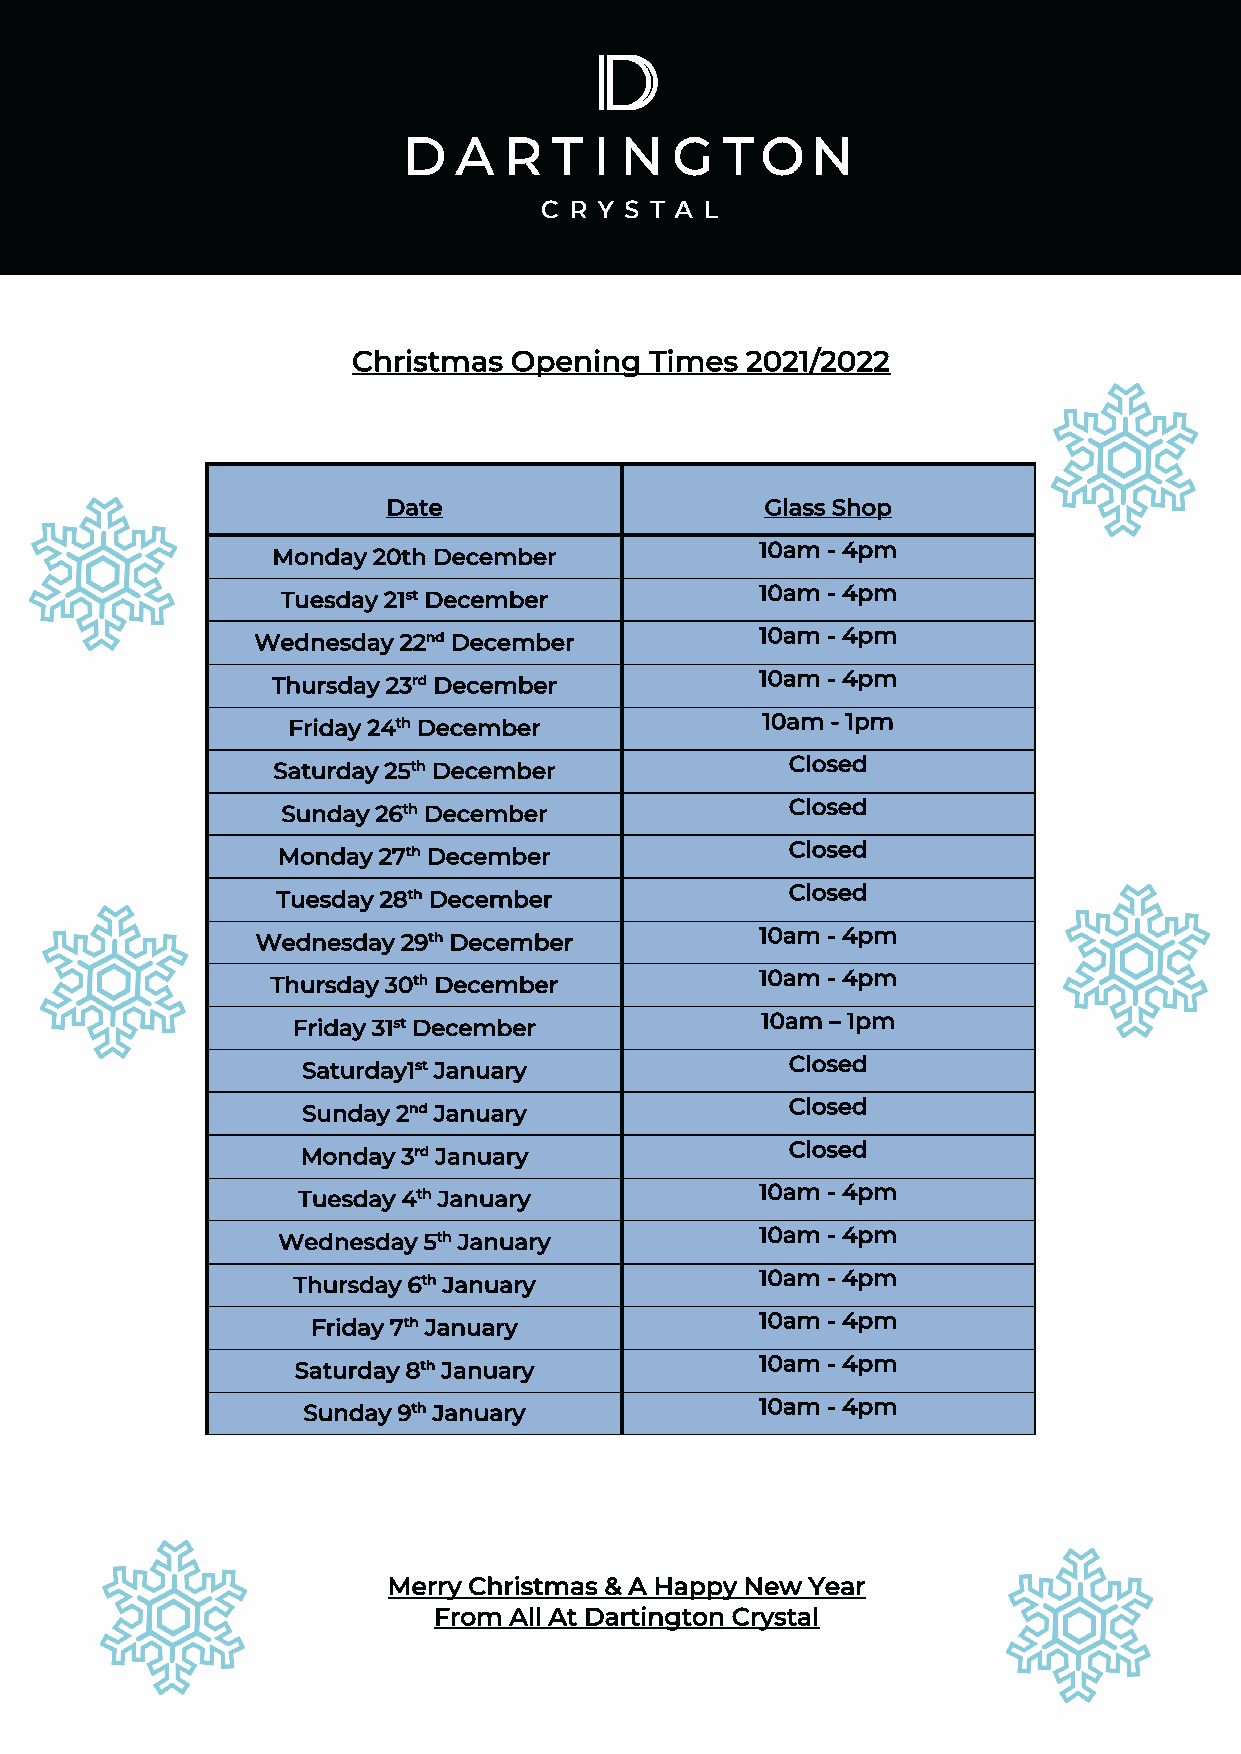
Christmas  Opening  Times 2021/2022
 Date                     Glass Shop
 10am - 4pm
 Monday 20th December
 Tuesday 21st December          10am - 4pm
 Wednesday 22nd December          10am - 4pm
 Thursday 23rd December          10am - 4pm
 Friday 24th December           10am - 1pm
 Saturday 25th December            Closed
 Sunday 26th December             Closed
 Monday 27th December              Closed
 Tuesday 28th December             Closed
 Wednesday 29th December          10am - 4pm
 Thursday 30th December          10am - 4pm
 Friday 31st December           10am – 1pm
 Saturday1st January             Closed
 Sunday 2nd January              Closed
 Monday 3rd January              Closed
 Tuesday 4th January           10am - 4pm
 Wednesday 5th January           10am - 4pm
 Thursday 6th January           10am - 4pm
 Friday 7th January           10am - 4pm
 Saturday 8th January           10am - 4pm
 Sunday 9th January            10am - 4pm
 Merry Christmas & A Happy New Year
 From All At Dartington Crystal